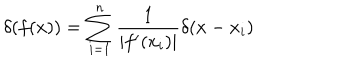
LaTeX: \delta ( f ( x ) ) = \sum _ { i = 1 } ^ { n } \frac { 1 } { | f ^ { \prime } ( x _ { i } ) | } \delta ( x - x _ { i } )